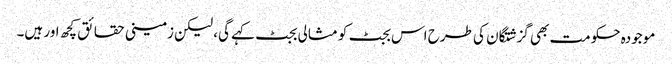
موجودہ حکومت بھی گزشتگان کی طرح اس بجٹ کو مثالی بجٹ کہے گی، لیکن زمینی حقائق کچھ اور ہیں۔